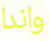
واندا